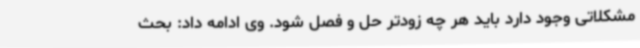
مشکلاتی وجود دارد باید هر چه زودتر حل و فصل شود. وی ادامه داد: بحث